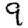
Digit: 9